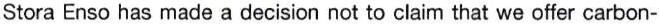
Stora Enso has made a decision not to claim that we offer carbon-